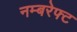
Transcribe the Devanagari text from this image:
नम्बरेफ्ट